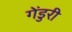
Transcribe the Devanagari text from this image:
गेंडुरी